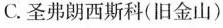
C.圣弗朗西斯科（旧金山）